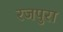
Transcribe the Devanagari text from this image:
रजपुरा